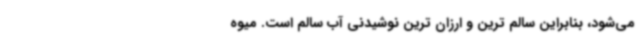
می‌شود، بنابراین سالم ترین و ارزان ترین نوشیدنی آب سالم است. میوه